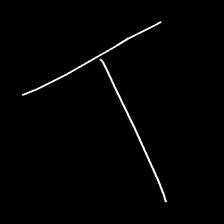
Glyph: column